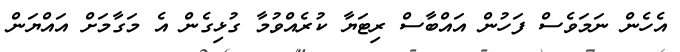
އެހެން ނަމަވެސް ފަހުން އައްބާސް ރިޓަޔާ ކުރެއްވުމާ ގުޅިގެން އެ މަގާމަށް އައްޔަން